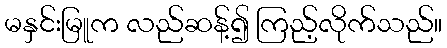
မနှင်းမြူက လည်ဆန့်၍ ကြည့်လိုက်သည်။